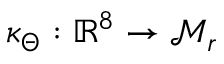
\kappa _ { \Theta } : \mathbb { R } ^ { 8 } \to \mathcal { M } _ { r }